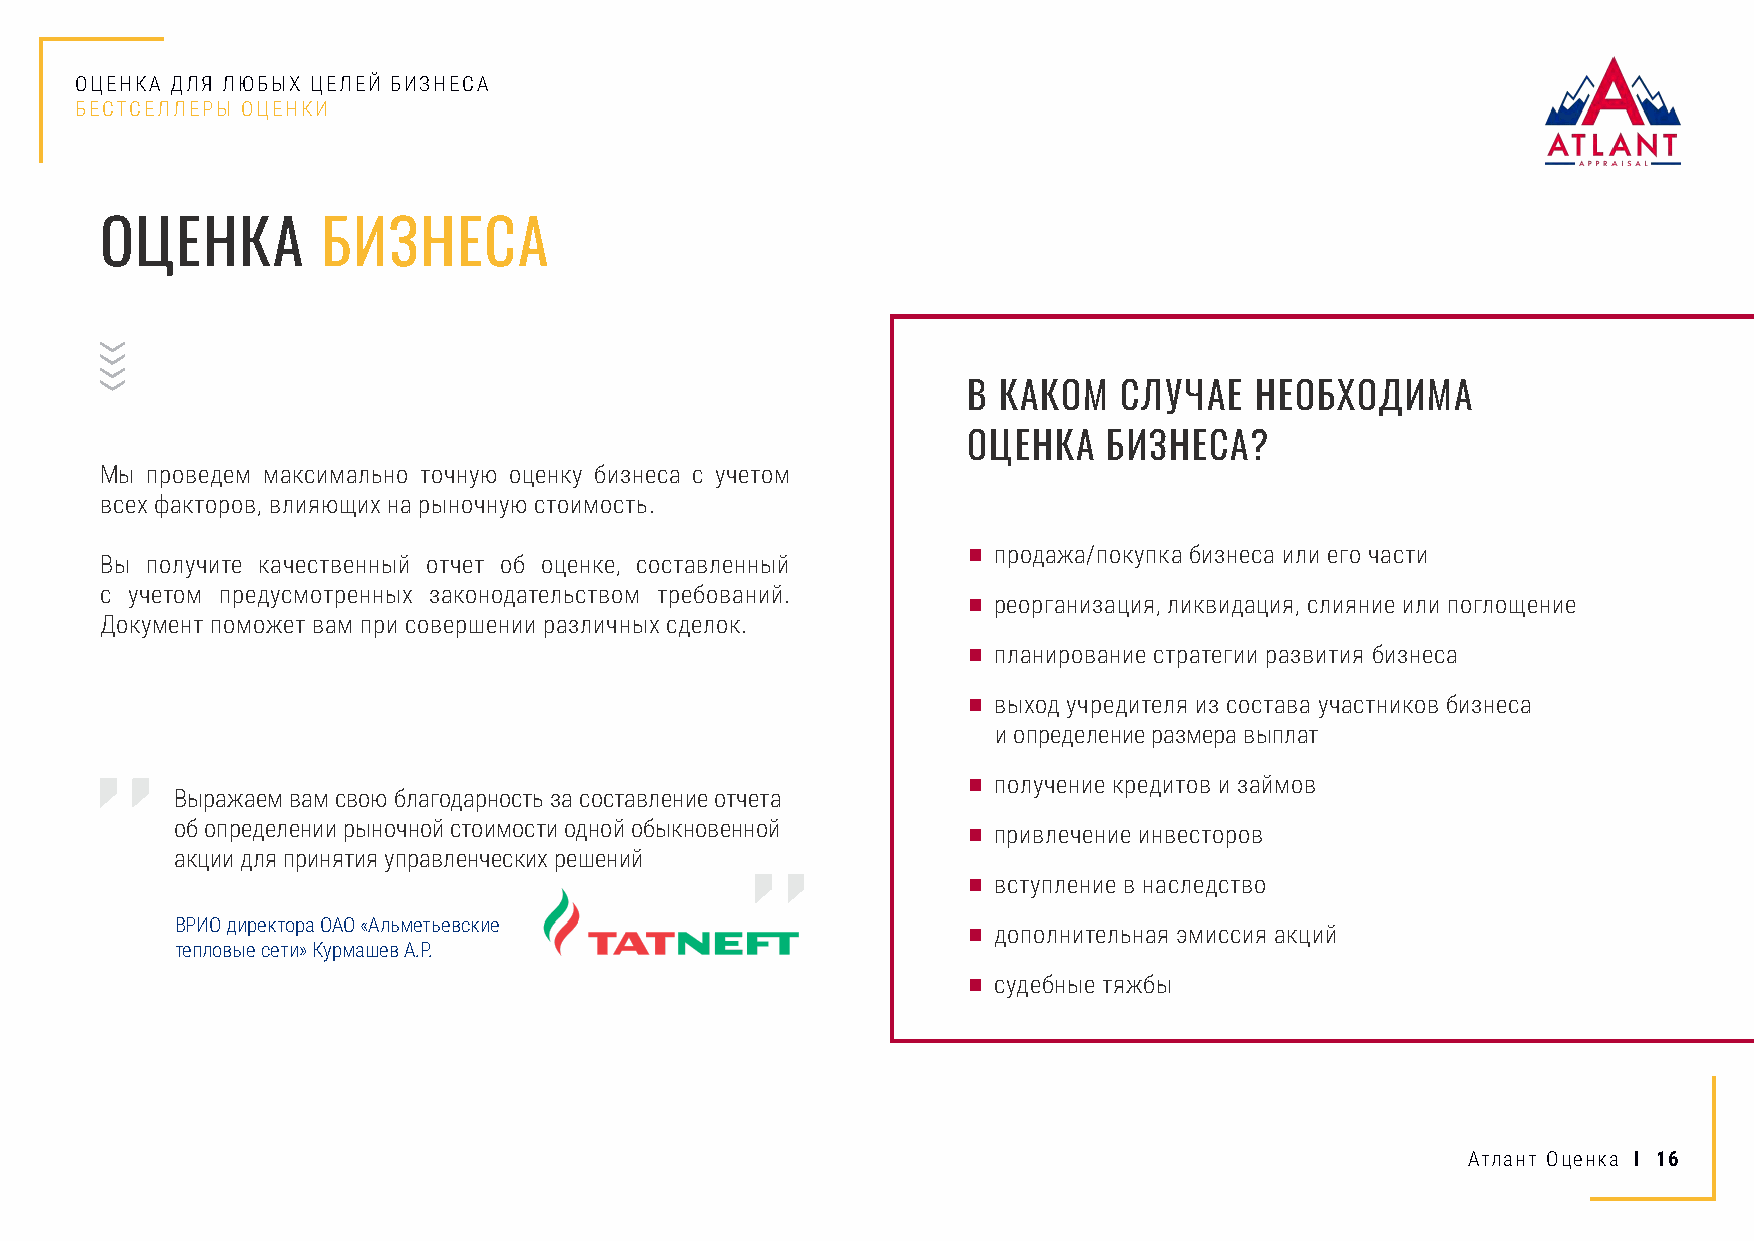
ОЦЕНКА ДЛЯ ЛЮБЫХ ЦЕЛЕЙ БИЗНЕСА
 БЕСТСЕЛЛЕРЫ ОЦЕНКИ
 ОЦЕНКА        БИЗНЕСА
 В КАКОМ   СЛУЧАЕ   НЕОБХОДИМА
 ОЦЕНКА   БИЗНЕСА?
 Мы проведем максимально точную оценку бизнеса с учетом
 всех факторов, влияющих на рыночную стоимость.
 ■ продажа/покупка бизнеса или его части
 Вы получите качественный отчет об оценке, составленный
 с учетом предусмотренных законодательством требований.   ■ реорганизация, ликвидация, слияние или поглощение
 Документ поможет вам при совершении различных сделок.
 ■ планирование стратегии развития бизнеса
 ■ выход учредителя из состава участников бизнеса
 и определение размера выплат
 ■ получение кредитов и займов
 Выражаем вам свою благодарность за составление отчета
 об определении рыночной стоимости одной обыкновенной ■ привлечение инвесторов
 акции для принятия управленческих решений
 ■ вступление в наследство
 ВРИО директора ОАО «Альметьевские                   ■ дополнительная эмиссия акций
 тепловые сети» Курмашев А.Р.
 ■ судебные тяжбы
 Атлант Оценка I 16